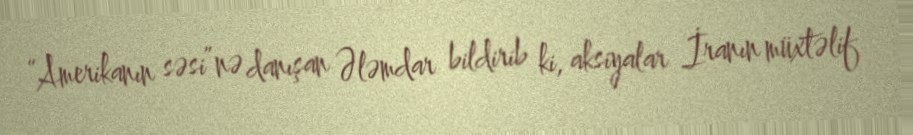
“Amerikanın səsi”nə danışan Ələmdar bildirib ki, aksiyalar İranın müxtəlif